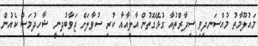
މައުލޫމާތު މުއްސަނދިވި ސިދާރްތުއާ ގުޅޭގޮތުން އާލިއާއާ ކުރި ސުވާލަށް ޖަވާބުދިނީ ޝާހިދުމަސް ކެއުން